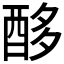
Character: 𮠨